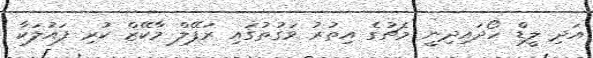
އަދި ލީޑް ހޯދައިދިނީ މެޗުގެ އިތުރު ވަގުތުގައި ރަފޭލް މާކޭޒް ކުރި ފައުލަކާ